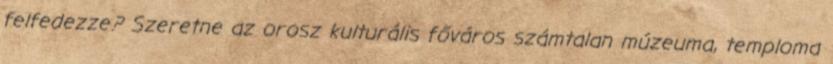
felfedezze? Szeretne az orosz kulturális főváros számtalan múzeuma, temploma